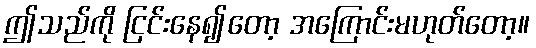
ဤသည်ကို ငြင်းနေ၍တော့ အကြောင်းမဟုတ်တော့။